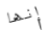
إنها